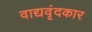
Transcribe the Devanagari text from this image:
वाद्यवृंदकार